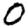
Digit: 0